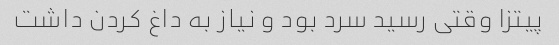
پیتزا وقتی رسید سرد بود و نیاز به داغ کردن داشت